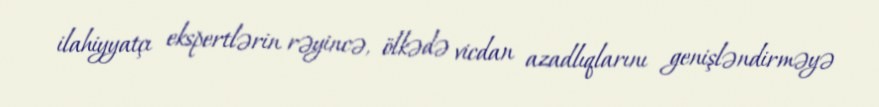
ilahiyyatçı ekspertlərin rəyincə, ölkədə vicdan azadlıqlarını genişləndirməyə